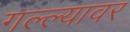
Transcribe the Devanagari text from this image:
गल्ल्यावर